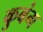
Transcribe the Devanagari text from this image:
कुबंग